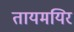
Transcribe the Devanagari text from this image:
तायमयिर